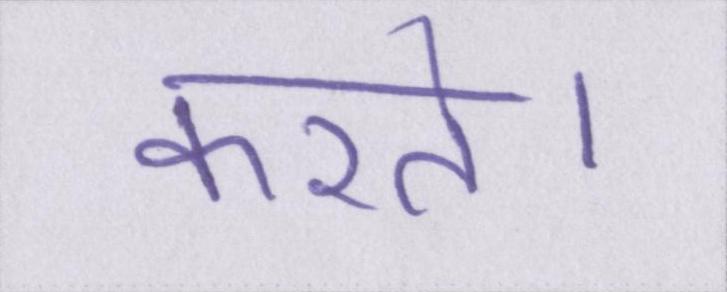
करते।